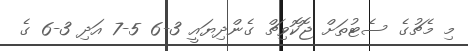
މި މެޗުގެ ސެޓުތަށް ޖޮކޮވިޗް ގެންދިޔައީ 3-6 5-7 އަދި 3-6 ގެ